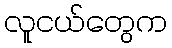
လူငယ်တွေက